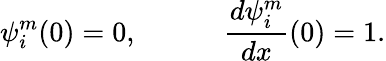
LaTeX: \psi_{i}^{m}(0)=0,\quad\qquad{\frac{d\psi_{i}^{m}}{dx}}(0)=1.